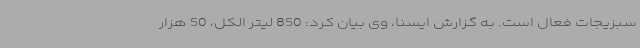
سبزیجات فعال است. به گزارش ایسنا، وی بیان کرد: 850 لیتر الکل، 50 هزار